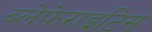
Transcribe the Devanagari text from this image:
ब्लेफेराइटिस